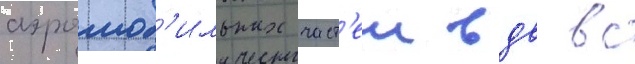
аэромоб'ильных част'еи вдв вс